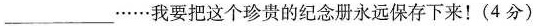
___.......我要把这个珍贵的纪念册永远保存下来！（4分）